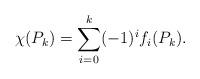
LaTeX: \begin{align*}\chi(P_k) = \sum_{i = 0}^{k} (-1)^{i} f_i(P_k). \end{align*}